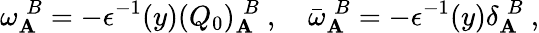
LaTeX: \omega_{\mathbf{A}}^{\; B}=-\epsilon^{-1}(y)(Q_{0})_{\mathbf{A}}^{\; B}\ ,\quad\bar{{\omega}}_{\mathbf{A}}^{\; B}=-\epsilon^{-1}(y)\delta_{\mathbf{A}}^{\; B}\ ,